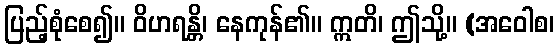
ပြည့်စုံစေ၍။ ဝိဟရန္တိ၊ နေကုန်၏။ ဣတိ၊ ဤသို့။ (အဝေါစ၊